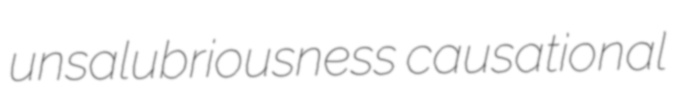
unsalubriousness causational